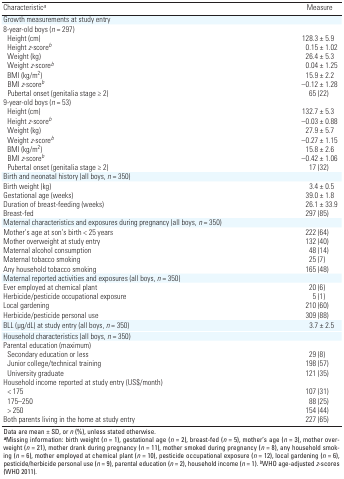
<table><thead><tr><td><b>Characteristic<i>a</i></b></td><td><b>Measure</b></td></tr></thead><tbody><tr><td>Growth measurements at study entry</td><td></td></tr><tr><td>8-year-old boys (<i>n</i> = 297)</td><td></td></tr><tr><td>Height (cm)</td><td>128.3 ± 5.9</td></tr><tr><td>Height <i>z</i>-score<i>b</i></td><td>0.15 ± 1.02</td></tr><tr><td>Weight (kg)</td><td>26.4 ± 5.3</td></tr><tr><td>Weight <i>z</i>-score<i>b</i></td><td>0.04 ± 1.25</td></tr><tr><td>BMI (kg/m<sup>2</sup>)</td><td>15.9 ± 2.2</td></tr><tr><td>BMI <i>z</i>-score<i>b</i></td><td>–0.12 ± 1.28</td></tr><tr><td>Pubertal onset (genitalia stage ≥ 2)</td><td>65 (22)</td></tr><tr><td>9-year-old boys (<i>n</i> = 53)</td><td></td></tr><tr><td>Height (cm)</td><td>132.7 ± 5.3</td></tr><tr><td>Height <i>z</i>-score<i>b</i></td><td>–0.03 ± 0.88</td></tr><tr><td>Weight (kg)</td><td>27.9 ± 5.7</td></tr><tr><td>Weight <i>z</i>-score<i>b</i></td><td>–0.27 ± 1.15</td></tr><tr><td>BMI (kg/m<sup>2</sup>)</td><td>15.8 ± 2.6</td></tr><tr><td>BMI <i>z</i>-score<i>b</i></td><td>–0.42 ± 1.06</td></tr><tr><td>Pubertal onset (genitalia stage ≥ 2)</td><td>17 (32)</td></tr><tr><td>Birth and neonatal history (all boys, <i>n</i> = 350)</td><td></td></tr><tr><td>Birth weight (kg)</td><td>3.4 ± 0.5</td></tr><tr><td>Gestational age (weeks)</td><td>39.0 ± 1.8</td></tr><tr><td>Duration of breast-feeding (weeks)</td><td>26.1 ± 33.9</td></tr><tr><td>Breast-fed</td><td>297 (85)</td></tr><tr><td>Maternal characteristics and exposures during pregnancy (all boys,<i>n</i> = 350)</td><td></td></tr><tr><td>Mother’s age at son’s birth &lt; 25 years</td><td>222 (64)</td></tr><tr><td>Mother overweight at study entry</td><td>132 (40)</td></tr><tr><td>Maternal alcohol consumption</td><td>48 (14)</td></tr><tr><td>Maternal tobacco smoking</td><td>25 (7)</td></tr><tr><td>Any household tobacco smoking</td><td>165 (48)</td></tr><tr><td>Maternal reported activities and exposures (all boys, <i>n</i> =350)</td><td></td></tr><tr><td>Ever employed at chemical plant</td><td>20 (6)</td></tr><tr><td>Herbicide/pesticide occupational exposure</td><td>5 (1)</td></tr><tr><td>Local gardening</td><td>210 (60)</td></tr><tr><td>Herbicide/pesticide personal use</td><td>309 (88)</td></tr><tr><td>BLL (μg/dL) at study entry (all boys, <i>n</i> = 350)</td><td>3.7 ± 2.5</td></tr><tr><td>Household characteristics (all boys, <i>n</i> = 350)</td><td></td></tr><tr><td>Parental education (maximum)</td><td></td></tr><tr><td>Secondary education or less</td><td>29 (8)</td></tr><tr><td>Junior college/technical training</td><td>198 (57)</td></tr><tr><td>University graduate</td><td>121 (35)</td></tr><tr><td>Household income reported at study entry (US$/month)</td><td></td></tr><tr><td>&lt; 175</td><td>107 (31)</td></tr><tr><td>175–250</td><td>88 (25)</td></tr><tr><td>&gt; 250</td><td>154 (44)</td></tr><tr><td>Both parents living in the home at study entry</td><td>227 (65)</td></tr><tr><td colspan="2">Data are mean ± SD, or <i>n</i> (%), unless statedotherwise. <b>a</b>Missing information: birth weight (<i>n</i> = 1),gestational age (<i>n</i> = 2), breast-fed (<i>n</i> = 5), mother’s age(<i>n</i> = 3), mother overweight (<i>n</i> = 21), mother drankduring pregnancy (<i>n</i> = 11), mother smoked during pregnancy(<i>n</i> = 8), any household smoking (<i>n</i> = 6), motheremployed at chemical plant (<i>n</i> = 10), pesticide occupationalexposure (<i>n</i> = 12), local gardening (<i>n</i> = 6),pesticide/herbicide personal use (<i>n</i> = 9), parental education(<i>n</i> = 2), household income (<i>n</i> = 1). <i>b</i>WHOage-adjusted <i>z</i>-scores (WHO 2011).</td></tr></tbody></table>